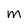
Character: m